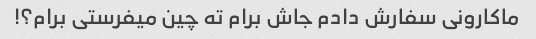
ماکارونی سفارش دادم جاش برام ته چین میفرستی برام؟!